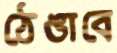
ঠেঙাবে